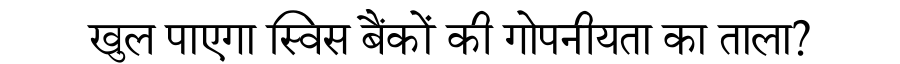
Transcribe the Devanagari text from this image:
खुल पाएगा स्विस बैंकों की गोपनीयता का ताला?